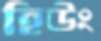
হিউং